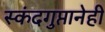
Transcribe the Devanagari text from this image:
स्कंदगुप्तानेही